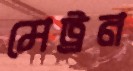
মেট্রন